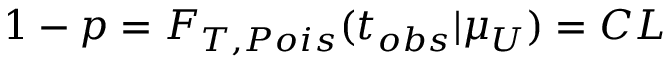
1 - p = F _ { T , P o i s } ( t _ { o b s } | \mu _ { U } ) = C L